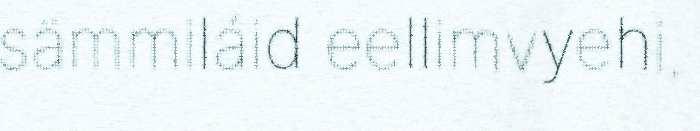
sämmiláid eellimvyehi.